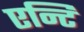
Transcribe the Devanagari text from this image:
एन्टि